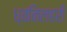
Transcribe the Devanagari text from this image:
ध्वनिलहरी